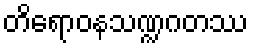
တိရောဝနသဏ္ဍဂတဿ